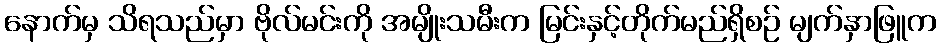
နောက်မှ သိရသည်မှာ ဗိုလ်မင်းကို အမျိုးသမီးက မြင်းနှင့်တိုက်မည်ရှိစဉ် မျက်နှာဖြူက